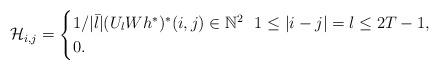
LaTeX: \begin{align*}\mathcal{H}_{i,j} = \begin{cases}1/|\bar{l}|(U_lWh^*)^* (i,j) \in \mathbb{N}^2 \ \ 1\leq|i-j|=l \leq 2T-1,\\0 .\end{cases} \end{align*}